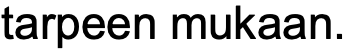
tarpeen mukaan.